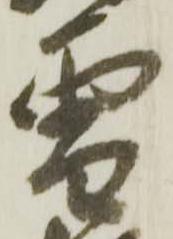
雪